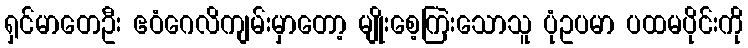
ရှင်မာတေဦး ဧဝံဂေလိကျမ်းမှာတော့ မျိုးစေ့ကြဲးသောသူ ပုံဥပမာ ပထမပိုင်းကို